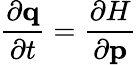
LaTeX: {\frac{\partial\mathbf{q}}{\partial t}}={\frac{\partial H}{\partial\mathbf{p}}}